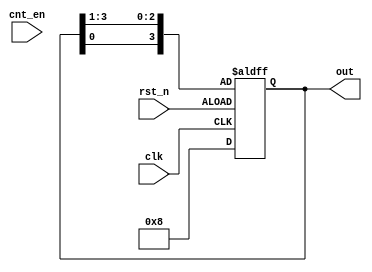
`timescale 1ns / 1ps
//////////////////////////////////////////////////////////////////////////////////
// Company: 
// Engineer: 
// 
// Design Name: 
// Module Name: cnt
// Project Name: 
// Target Devices: 
// Tool Versions: 
// Description: 
// 
// Dependencies: 
// 
// Revision:
// Revision 0.01 - File Created
// Additional Comments:
// 
//////////////////////////////////////////////////////////////////////////////////




 

`timescale 1ns/1ps

module cnt #(parameter COUNT=100)(

input clk,

input rst_n,

input cnt_en,

output reg [3:0]out

    );

reg set;   

 

always@(posedge clk or negedge rst_n)
if(rst_n) begin
out <= 4'b1000;
end
else begin
out <= {out[0], out[3:1]};
end 
endmodule